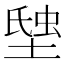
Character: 𧋗